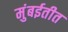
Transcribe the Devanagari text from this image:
मुंबईतीत